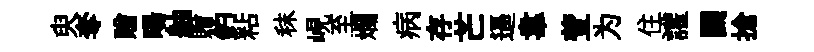
臾奪贈暘舳贈釣粘秣峴至斕病存芒逼韋萱为住讙鬬搶